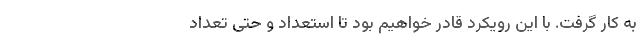
به کار گرفت. با این رویکرد قادر خواهیم بود تا استعداد و حتی تعداد